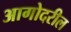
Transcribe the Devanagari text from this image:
आगोदरील